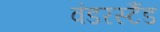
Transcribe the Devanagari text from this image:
वंडरस्टैंड